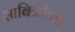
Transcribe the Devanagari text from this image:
साबित्रीच्या